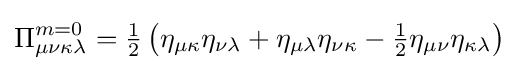
\Pi _{\mu \nu \kappa \lambda }^{m=0}={\tfrac {1}{2}}\left(\eta _{\mu \kappa }\eta _{\nu \lambda }+\eta _{\mu \lambda }\eta _{\nu \kappa }-{\tfrac {1}{2}}\eta _{\mu \nu }\eta _{\kappa \lambda }\right)